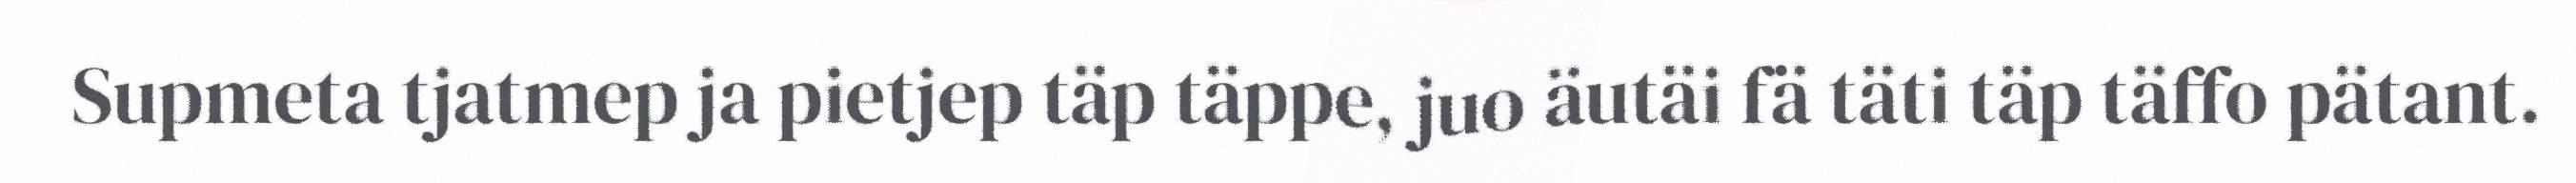
Supmeta tjatmep ja pietjep täp täppe, juo äutäi fä täti täp täffo pätant.